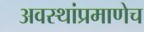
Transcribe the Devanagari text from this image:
अवस्थांप्रमाणेच